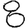
Digit: 8